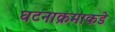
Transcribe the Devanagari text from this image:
घटनाक्रमाकडे